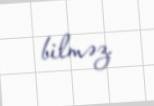
bilməz.